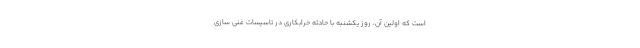
است که اولین آن، روز یکشنبه با حادثه خرابکاری در تاسیسات غنی سازی